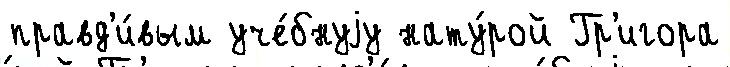
правд'и́вым уче́бнуjу нату́рой Гр'игора